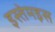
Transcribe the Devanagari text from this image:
इस्तेमइस